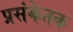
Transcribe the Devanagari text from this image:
प्रसंकेतक